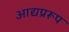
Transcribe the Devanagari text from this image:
आद्यप्ररूप